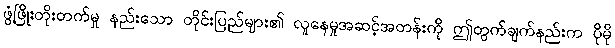
ဖွံ့ဖြိုးတိုးတက်မှု နည်းသော တိုင်းပြည်များ၏ လူနေမှုအဆင့်အတန်းကို ဤတွက်ချက်နည်းက ပိုမို